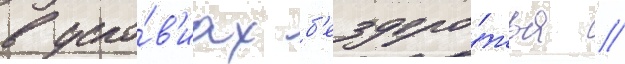
в усло́в'иах б'ездоро́жья //